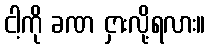
ငါ့ကို ခဏ ငှားလို့ရလား။